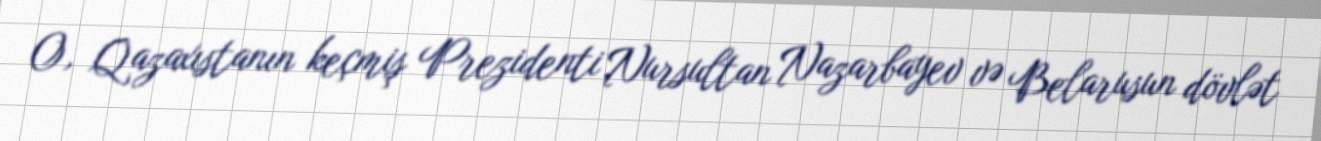
O, Qazaxıstanın keçmiş Prezidenti Nursultan Nazarbayev və Belarusun dövlət